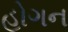
હોગન